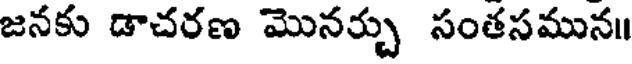
జనకు డాచరణ మొనర్చు సంతసమున॥